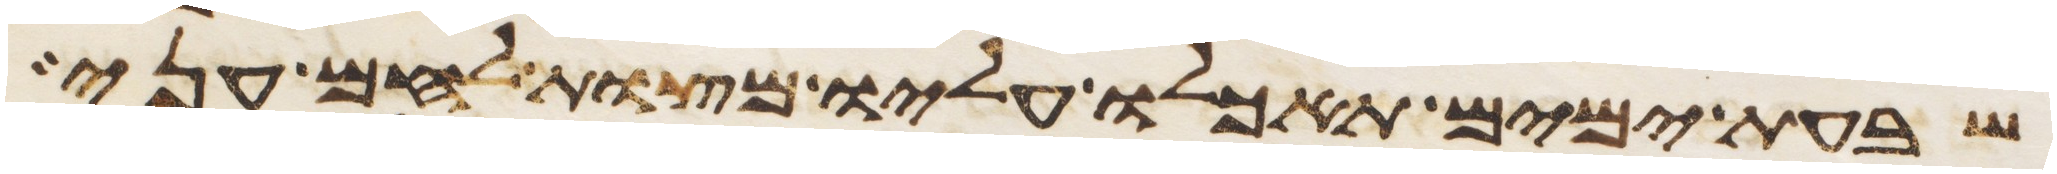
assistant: שבעת ימים תאכלו עליו מצות לחם עני